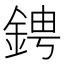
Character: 𬫙